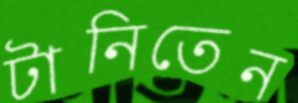
টানিতেন